Report on the lunatic asylums under the Government of Bombay - 1904-1913
Year: 1904
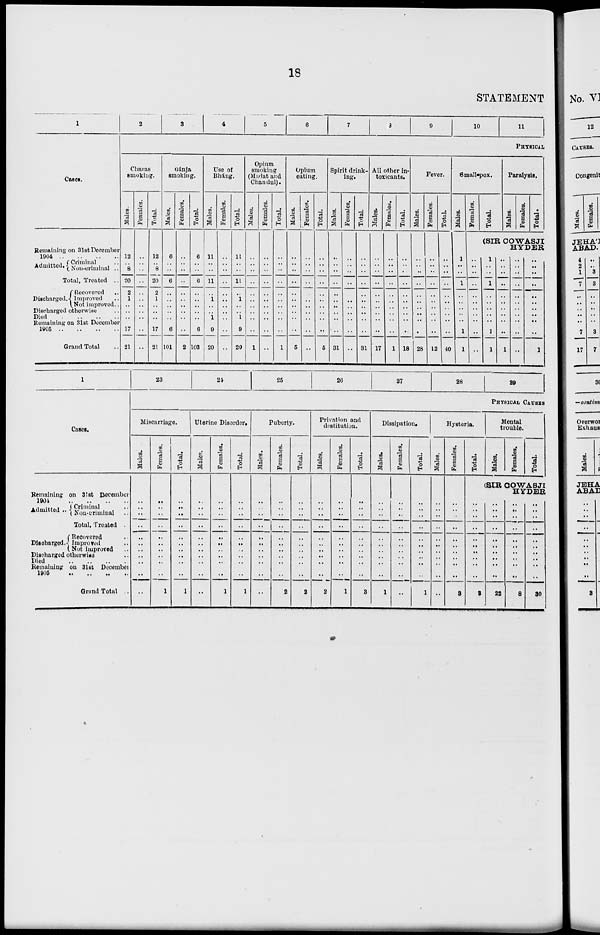
18
STATEMENT
1
Cases.
Remaining on 31st December
1904 .. .. .. ..
Admitted.. Criminal ..
Non-criminal ..
Total, Treated ..
Discharged.
Recovered ..
Improved ..
Not improved ..
Discharged otherwise ..
Died
..
..
..
..
Remaining on 31st December
1905
..
..
..
..
Grand Total ..
2
3
4
5
6
7
8
9
10
11
PHYSICAL
Charas
smoking.
Males.
12
..
8
20
2
1
..
..
..
17
21
Females.
..
..
..
..
..
..
..
..
..
..
..
Total.
12
..
8
20
2
1
..
..
..
17
21
Gánja
smoking.
Males.
6
..
..
6
..
..
..
..
..
6
101
Females.
..
..
..
..
..
..
..
..
..
..
2
Total.
6
..
..
6
..
..
..
..
..
6
103
Use of
Bháng.
Males.
11
..
..
11
..
1
..
..
1
9
20
Females.
..
..
..
..
..
..
..
..
..
..
..
Total.
11
..
..
11
..
1
..
..
1
9
20
Opium
smoking
(Madat and
Chandul).
Males.
..
..
..
..
..
..
..
..
..
..
1
Females.
..
..
..
..
..
..
..
..
..
..
..
Total.
..
..
..
..
..
..
..
..
..
..
1
Opium
eating.
Males.
..
..
..
..
..
..
..
..
..
..
5
Females.
..
..
..
..
..
..
..
..
..
..
..
Total.
..
..
..
..
..
..
..
..
..
..
5
Spirit drink-
ing.
Males.
..
..
..
..
..
..
..
..
..
..
31
Females.
..
..
..
..
..
..
..
..
..
..
..
Total.
..
..
..
..
..
..
..
..
..
..
31
All other in-
toxicants.
Males.
..
..
..
..
..
..
..
..
..
..
17
Females.
..
..
..
..
..
..
..
..
..
..
1
Total.
..
..
..
..
..
..
..
..
..
..
18
Fever.
Males.
..
..
..
..
..
..
..
..
..
..
28
Females.
..
..
..
..
..
..
..
..
..
..
12
Total.
..
..
..
..
..
..
..
..
..
..
40
Small-pox.
Males.
1
..
..
1
..
..
..
..
..
1
1
Females.
..
..
..
..
..
..
..
..
..
..
..
Total.
Paralysis.
Males.
Females.
Total.
(SIR COWASJI
HYDER
1
..
..
1
..
..
..
..
..
1
1
..
..
..
..
..
..
..
..
..
..
1
..
..
..
..
..
..
..
..
..
..
..
..
..
..
..
..
..
..
..
..
..
1
1
Cases.
Remaining on 31st December
1904
..
..
..
..
Admitted .. Criminal ..
Non-criminal ..
Total, Treated
Discharged.
Recovered ..
Improved ..
Not improved ..
Discharged otherwise ..
Died .. .. .. ..
Remaining on 31st December
1905
..
..
..
..
Grand Total ..
23
24
25
26
27
28
29
PHYSICAL CAUSES
Miscarriage.
Males.
..
..
..
..
..
..
..
..
..
..
..
Females.
..
..
..
..
..
..
..
..
..
..
1
Total.
..
..
..
..
..
..
..
..
..
..
1
Uterine Disorder.
Males.
..
..
..
..
..
..
..
..
..
..
..
Females.
..
..
..
..
..
..
..
..
..
..
1
Total.
..
..
..
..
..
..
..
..
..
..
1
Puberty.
Males.
..
..
..
..
..
..
..
..
..
..
..
Females.
..
..
..
..
..
..
..
..
..
..
2
Total.
..
..
..
..
..
..
..
..
..
..
2
Privation and
destitution.
Males.
..
..
..
..
..
..
..
..
..
..
2
Females.
..
..
..
..
..
..
..
..
..
..
1
Total.
..
..
..
..
..
..
..
..
..
..
3
Dissipation.
Males.
..
..
..
..
..
..
..
..
..
..
1
Females.
..
..
..
..
..
..
..
..
..
..
..
Total.
..
..
..
..
..
..
..
..
..
..
1
Hysteria.
Males.
..
..
..
..
..
..
..
..
..
..
..
Females.
..
..
..
..
..
..
..
..
..
..
3
Total.
..
..
..
..
..
..
..
..
..
..
8
Mental
trouble.
Males.
Females.
Total.
SIR COWASJI
HYDER
..
..
..
..
..
..
..
..
..
..
22
..
..
..
..
..
..
..
..
..
..
8
..
..
..
..
..
..
..
..
..
..
30